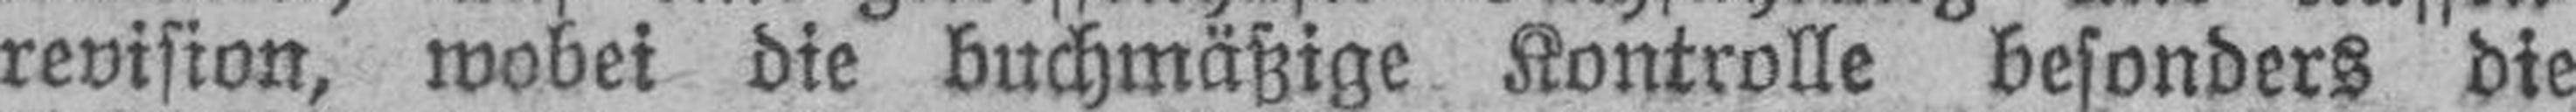
revision, wobei die buchmäßige Kontrolle besonders die